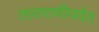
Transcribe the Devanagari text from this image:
ताराराणीपर्यंत